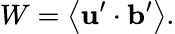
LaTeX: W=\left\langle{{\mathbf{u}}^{\prime}\cdot{\mathbf{b}}^{\prime}}\right\rangle.